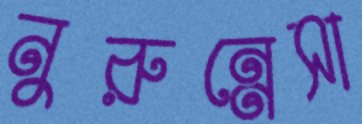
নুরুন্নেসা